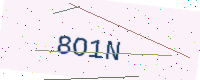
Text: 8O1N